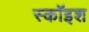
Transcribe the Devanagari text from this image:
स्कॉइश